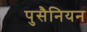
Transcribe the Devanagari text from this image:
पुसैनियन